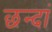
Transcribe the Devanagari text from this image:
छन्दां